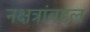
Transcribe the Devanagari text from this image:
नक्षत्रांबद्दल